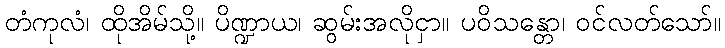
တံကုလံ၊ ထိုအိမ်သို့။ ပိဏ္ဍာယ၊ ဆွမ်းအလိုငှာ။ ပဝိသန္တော၊ ဝင်လတ်သော်။